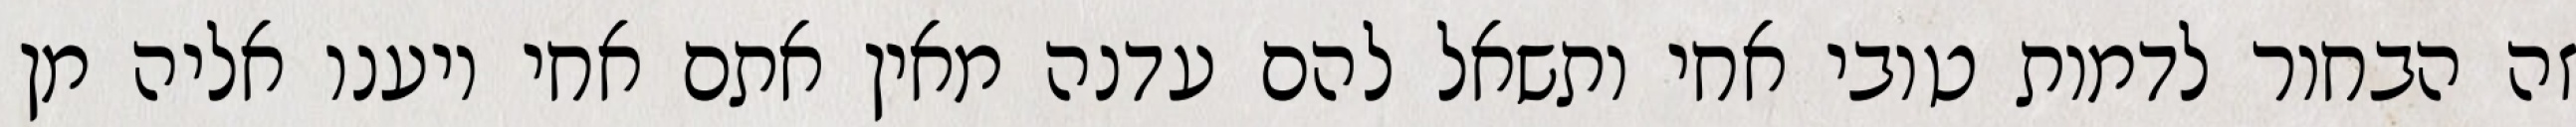
זה הבחור לדמות טובי אחי ותשאל להם עדנה מאין אתם אחי ויענו אליה מן